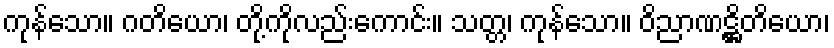
ကုန်သော။ ဂတိယော၊ တို့ကိုလည်းကောင်း။ သတ္တ၊ ကုန်သော။ ဝိညာဏဋ္ဌိတိယော၊